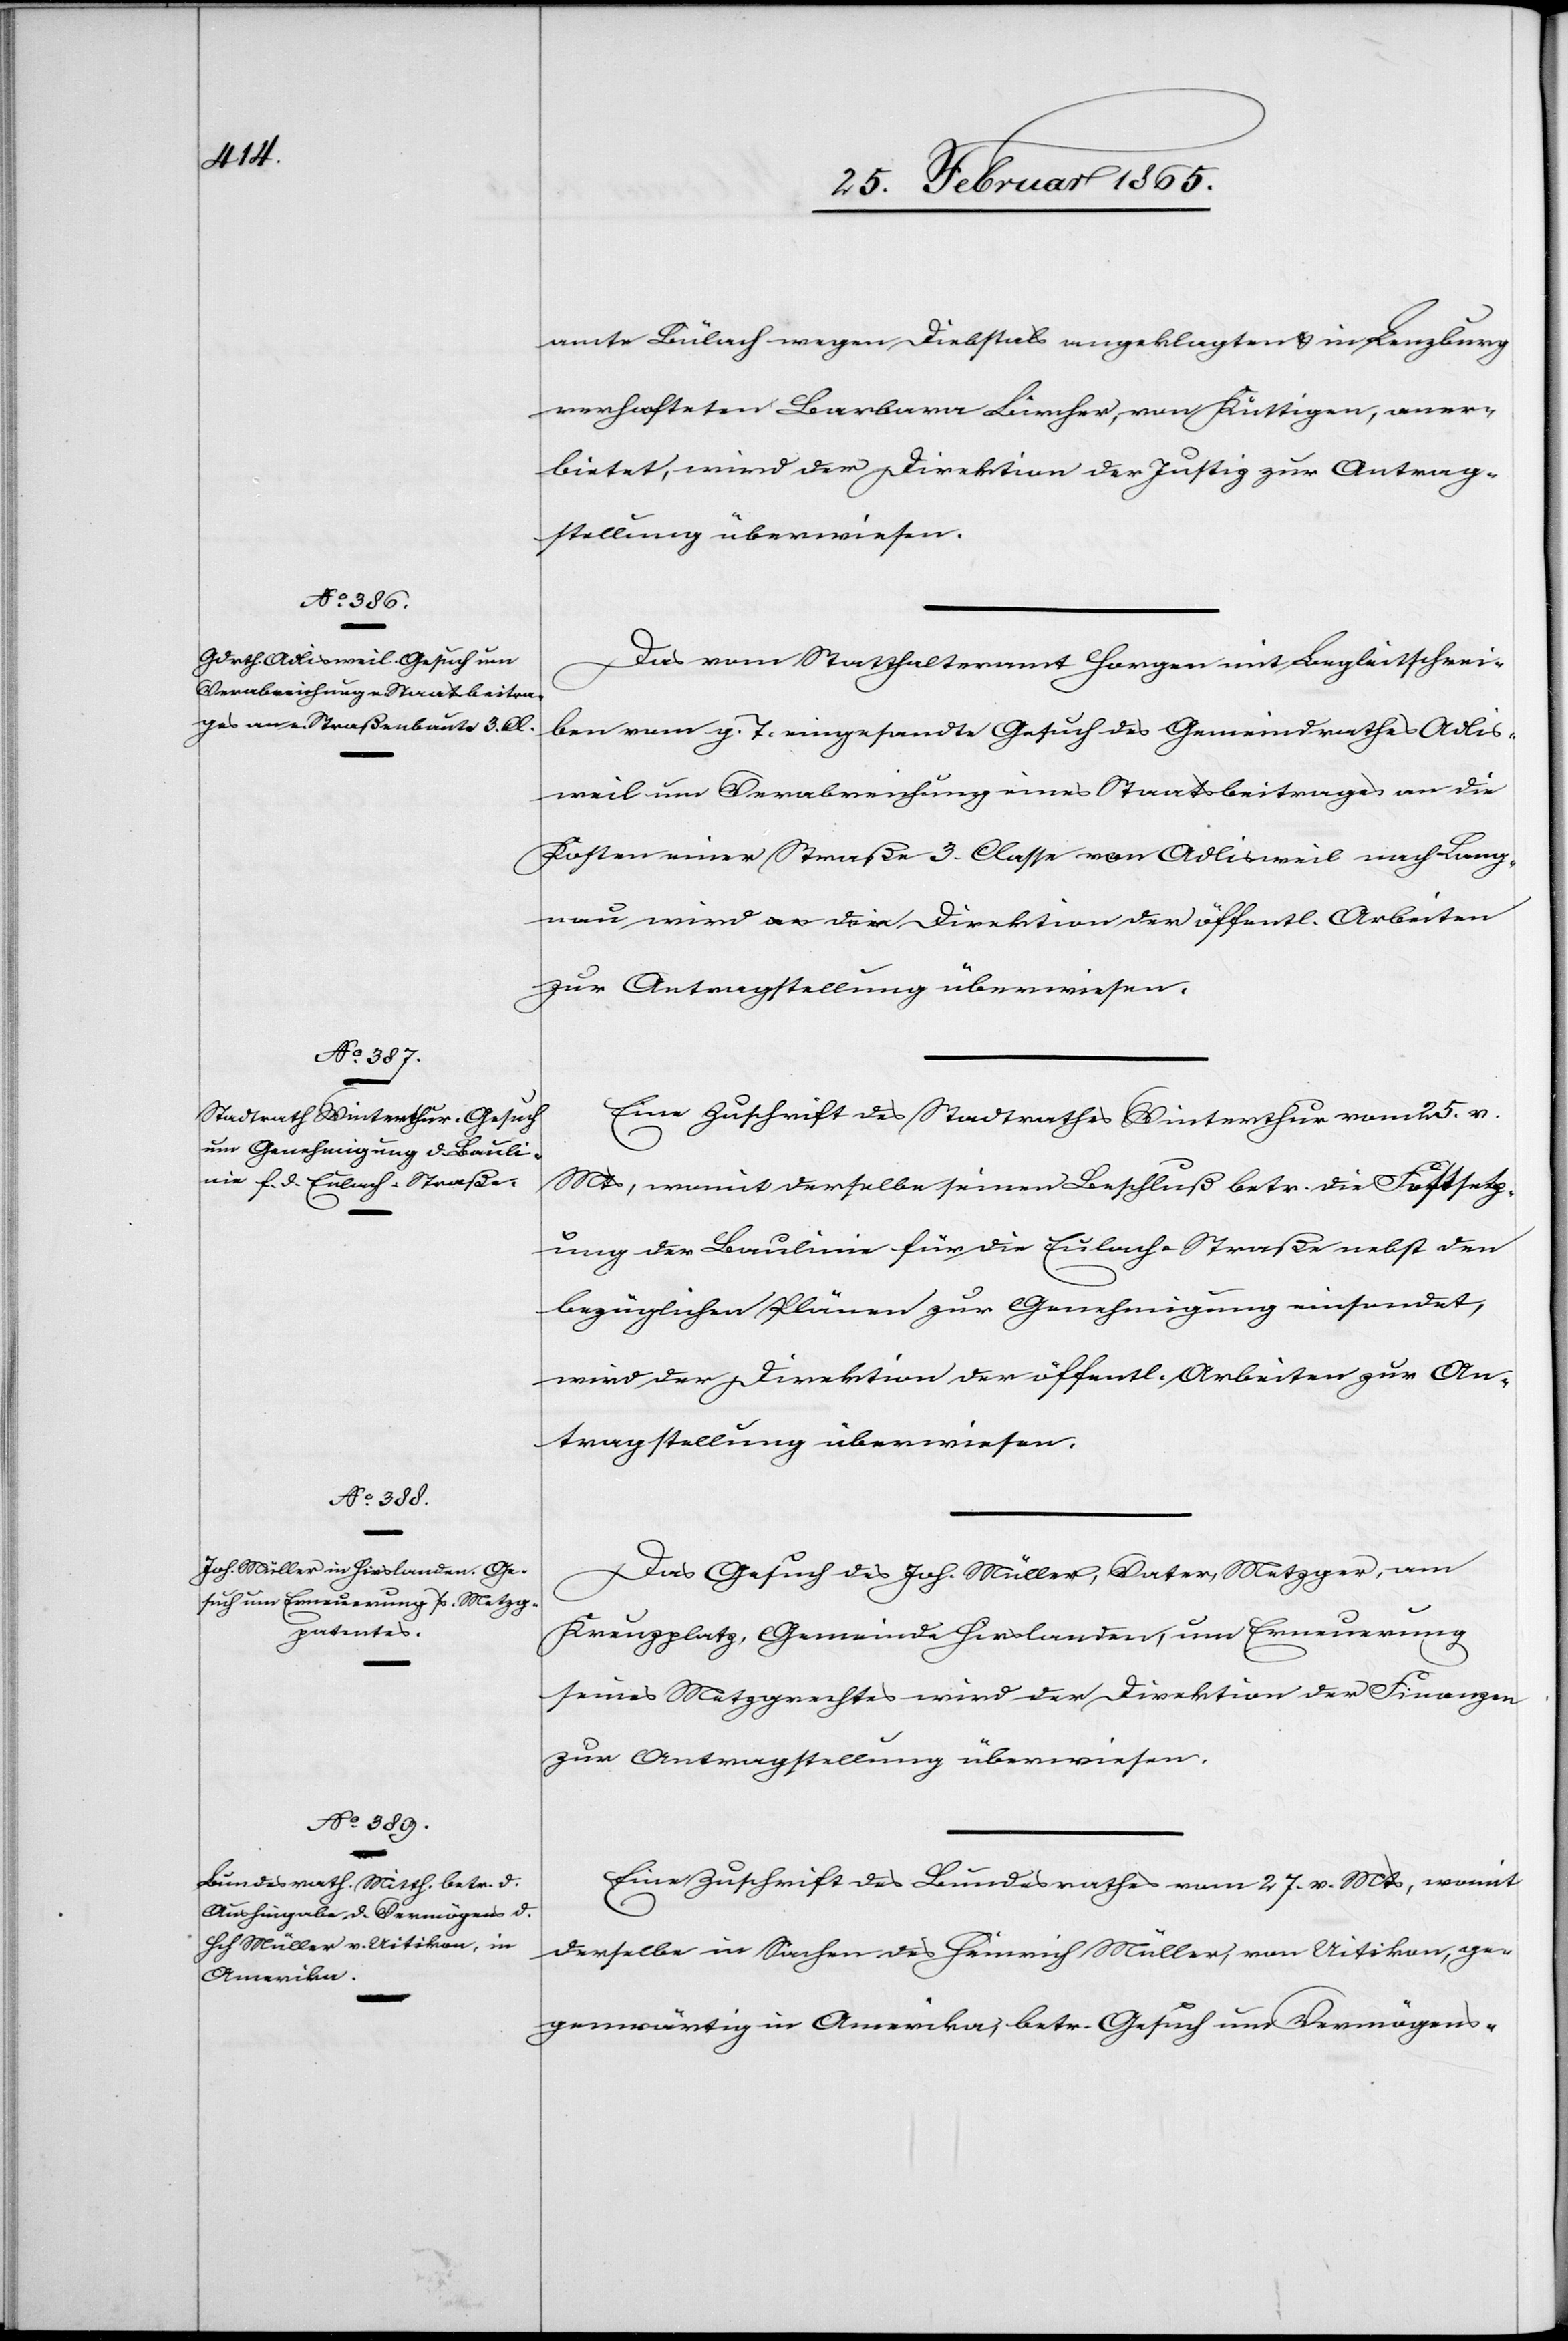
amte Bülach wegen Diebstals angeklagten u. in Lenzburg
verhafteten Barbara Bircher, von Küttigen, aner¬
bietet, wird der Direktion der Justiz zur Antrag¬
stellung überwiesen.
Das vom Statthalteramt Horgen mit Begleitschrei¬
ben vom g. T. eingesandte Gesuch des Gemeindrathes Adlis¬
weil um Verabreichung eines Staatsbeitrages an die
Kosten einer Straße 3. Classe von Adlisweil nach Lang¬
nau wird an die Direktion der öffentl. Arbeiten
zur Antragstellung überwiesen.
Eine Zuschrift des Stadtrathes Winterthur vom 25. v.
Mts, womit derselbe seinen Beschluß betr. die Festsetz¬
ung der Baulinie für die Eulach-Straße nebst den
bezüglichen Plänen zur Genehmigung einsendet,
wird der Direktion der öffentl. Arbeiten zur An¬
tragstellung überwiesen.
Das Gesuch des Joh. Müller, Vater, Metzger, am
Kreuzplatz, Gemeinde Hirslanden, um Erneuerung
seines Metzgrechtes wird der Direktion der Finanzen
zur Antragstellung überwiesen.
Eine Zuschrift des Bundesrathes vom 27. v. Mts, womit
derselbe in Sachen des Heinrich Müller, von Uitikon, ge¬
genwärtig in Amerika, betr. Gesuch um Vermögens-